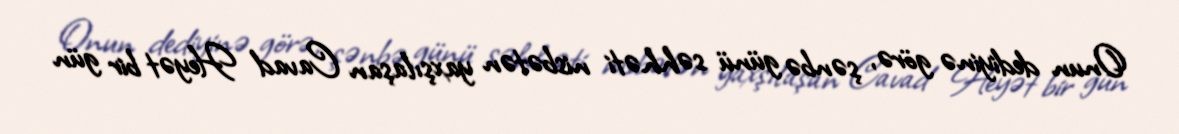
Onun dediyinə görə, şənbə günü səhhəti nisbətən yaxşılaşan Cavad Heyət bir gün